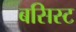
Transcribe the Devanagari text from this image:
बसिस्ट